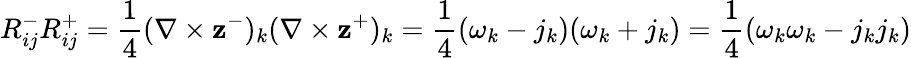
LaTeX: R_{ij}^{-}R_{ij}^{+}=\frac{1}{4}(\nabla\times\mathbf{z}^{-})_{k}(\nabla\times\mathbf{z}^{+})_{k}=\frac{1}{4}(\omega_{k}-j_{k})(\omega_{k}+j_{k})=\frac{1}{4}(\omega_{k}\omega_{k}-j_{k}j_{k})